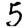
Digit: 5